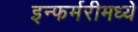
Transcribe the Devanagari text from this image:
इन्फर्मरीमध्ये